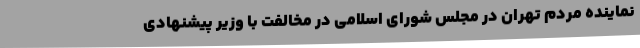
نماینده مردم تهران در مجلس شورای اسلامی در مخالفت با وزیر پیشنهادی